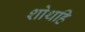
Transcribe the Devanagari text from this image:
शोथहि